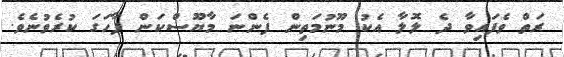
ރަތް ވެފައިވާ ދެ ލޮލާ އެކު މޫނުމަތިން ފެންނަ މާޔޫސްކަން ފާހަގަ ކުރެވުނެވެ.